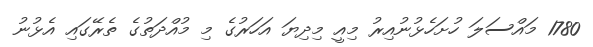
1780 މައްސަލަ ހުށަހެޅުނުއިރު މިއީ މިދިޔަ އަހަރުގެ މި މުއްދަތުގެ ތެރޭގައި އެޅުނު